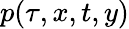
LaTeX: p(\tau,x,t,y)